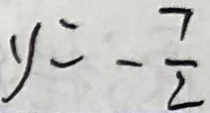
y = - \frac { 7 } { 2 }